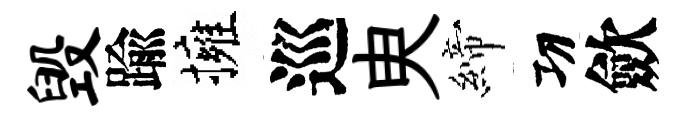
毁踰擁巡㬰締㓛歛